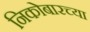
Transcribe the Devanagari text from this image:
निकोबारच्या